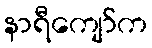
နာရီကျော်က